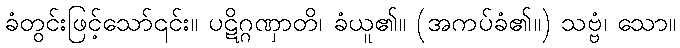
ခံတွင်းဖြင့်သော်၎င်း။ ပဋိဂ္ဂဏှာတိ၊ ခံယူ၏။ (အကပ်ခံ၏။) သဗ္ဗံ၊ သော။